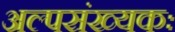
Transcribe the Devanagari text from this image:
अल्पसंख्यकः